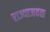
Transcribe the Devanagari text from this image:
राज्याजवळ